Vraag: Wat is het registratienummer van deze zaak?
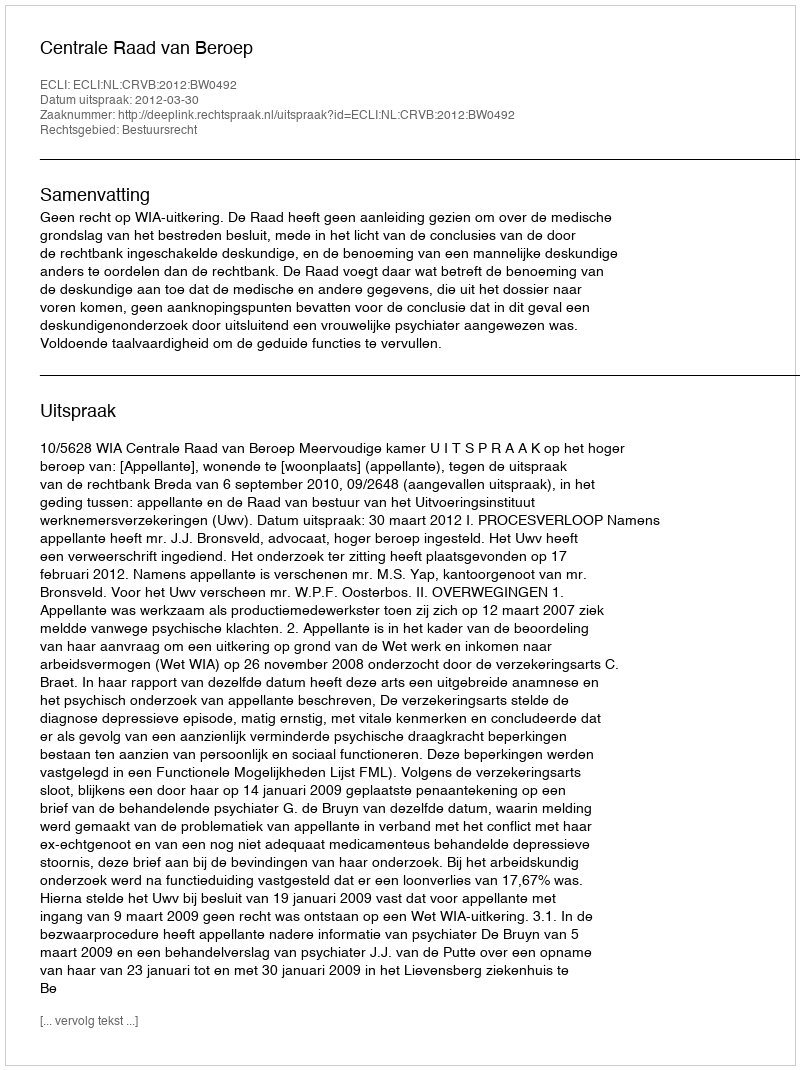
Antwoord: http://deeplink.rechtspraak.nl/uitspraak?id=ECLI:NL:CRVB:2012:BW0492